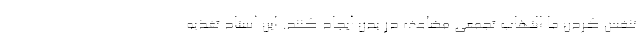
تنفس کردن ما التهاب تجمعی مضاعف در بدن ایجاد کنند. این استاد تغذیه